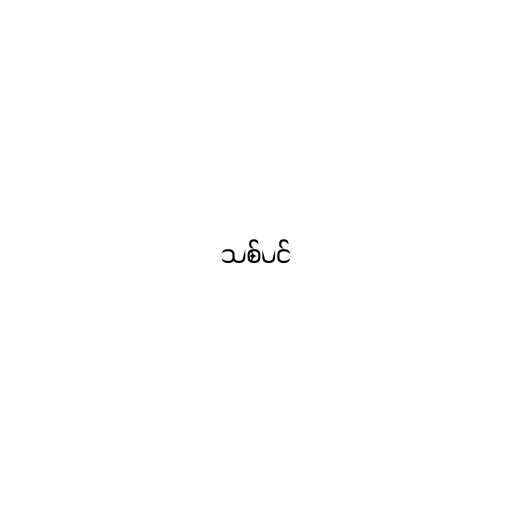
သစ်ပင်